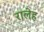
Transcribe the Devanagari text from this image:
रालेह